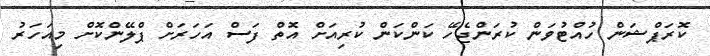
ކޮރަޕްޝަން ހުއްޓުވަން ކުރަންޖެހޭ ކަންކަން ކުރިއަށް އޮތް ފަސް އަހަރަށް ޕްލޭންކޮށް މިއަހަރު